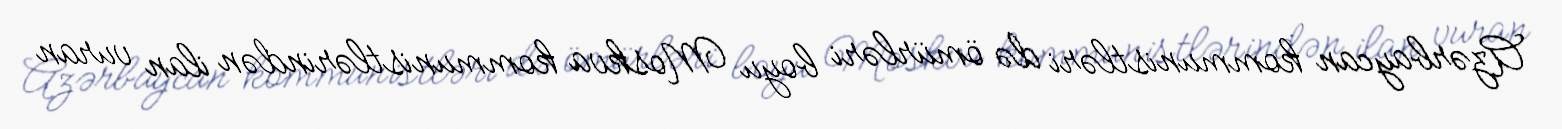
Azərbaycan kommunistləri də ömürləri boyu Moskva kommunistlərindən ilan vuran